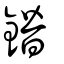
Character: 鐟